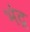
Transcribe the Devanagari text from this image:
भंद्र